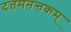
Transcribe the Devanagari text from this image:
दत्तमनन्तकम्